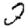
Digit: 2